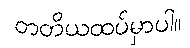
တတိယထပ်မှာပါ။